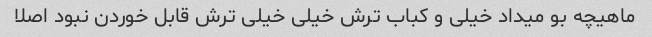
ماهیچه بو میداد خیلی و کباب ترش خیلی خیلی ترش قابل خوردن نبود اصلا